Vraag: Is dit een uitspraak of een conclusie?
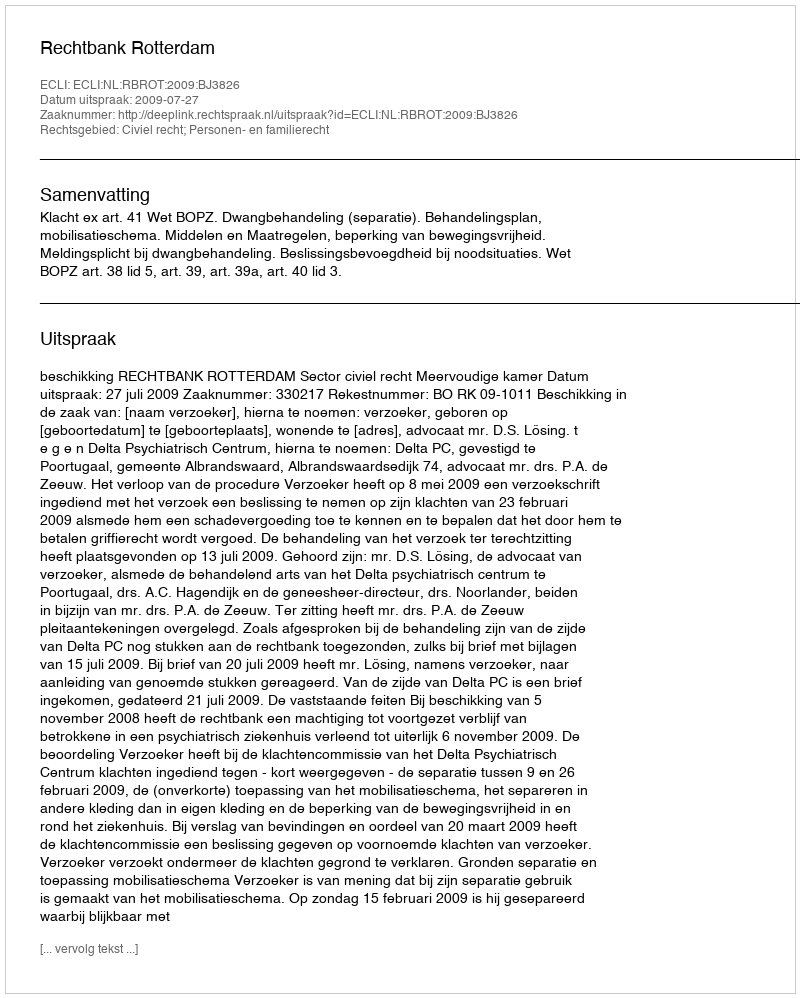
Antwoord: Uitspraak